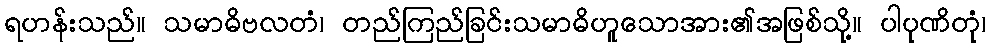
ရဟန်းသည်။ သမာဓိဗလတံ၊ တည်ကြည်ခြင်းသမာဓိဟူသောအား၏အဖြစ်သို့။ ပါပုဏိတုံ၊